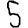
Digit: 5